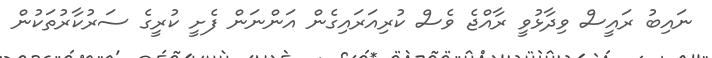
ނައިބު ރައީސް ވިދާޅުވީ ރާއްޖެ ވެސް ކުރިއަރައިގެން އަންނަން ފެށީ ކުރީގެ ސަރުކާރުތަކުން